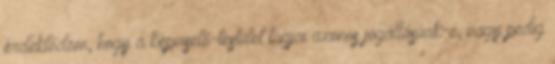
érdeklődöm, hogy a képviselő-testület tagjai azonos jogállásúak-e, vagy pedig